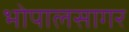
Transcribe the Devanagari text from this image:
भोपालसागर